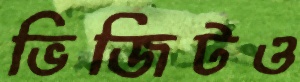
ভিজিটও